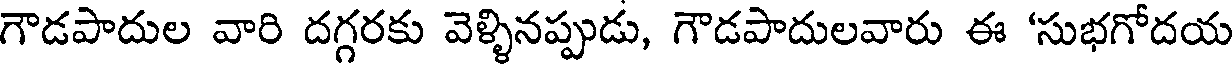
గౌడపాదుల వారి దగ్గరకు వెళ్ళినప్పుడు, గౌడపాదులవారు ఈ 'సుభగోదయ